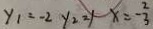
y _ { 1 } = - 2 y _ { 2 } = 1 x = - \frac { 2 } { 3 }